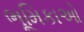
ભૂમિકાઓ